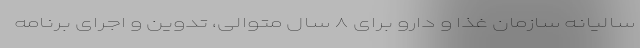
سالیانه سازمان غذا و دارو برای ۸ سال متوالی، تدوین و اجرای برنامه